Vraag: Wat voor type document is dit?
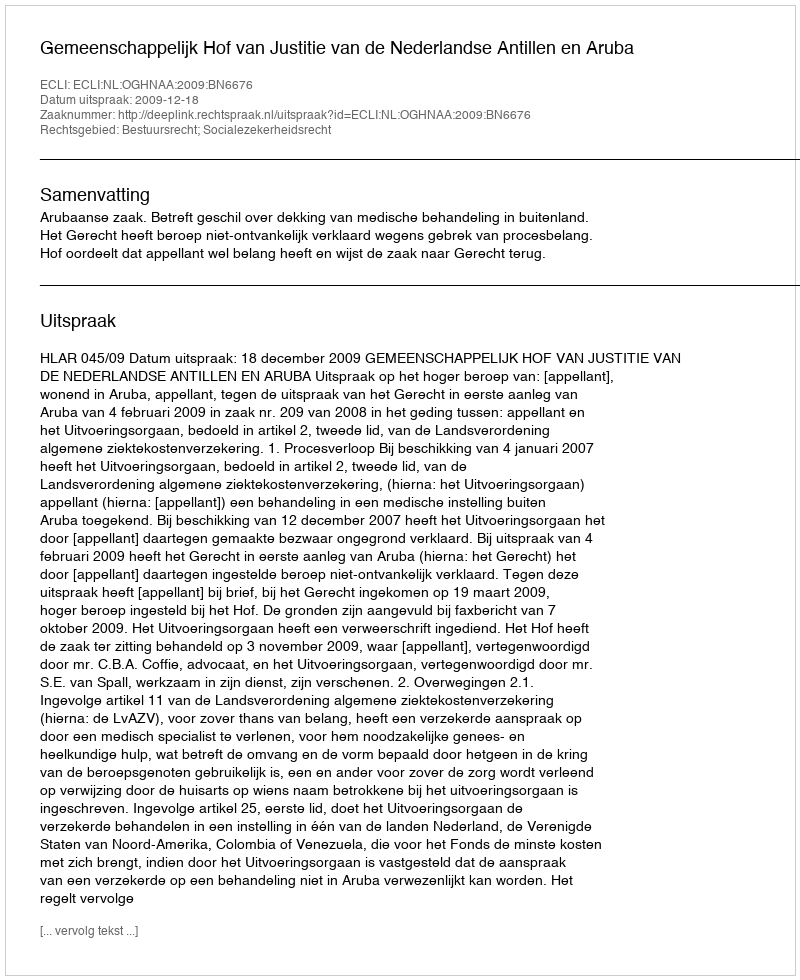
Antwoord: Uitspraak